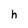
Character: h